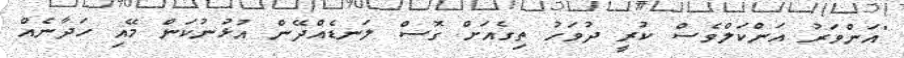
"އަންވަރު އަންކަލްވެސް ކުރީ ދުވަހު ތިގެއަށް ގޮސް ލަނޑެއްދޭން އުޅުނުކަން މޭއި ހަދާނެއް